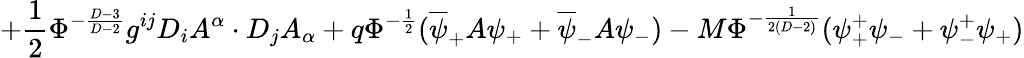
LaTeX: +\frac{1}{2}\Phi^{-\frac{D-3}{D-2}}g^{ij}D_{i}A^{\alpha}\cdot D_{j}A_{\alpha}+q\Phi^{-\frac{1}{2}}(\overline{{{\psi}}}_{+}A\psi_{+}+\overline{{{\psi}}}_{-}A\psi_{-})-M\Phi^{-\frac{1}{2(D-2)}}(\psi_{+}^{+}\psi_{-}+\psi_{-}^{+}\psi_{+})